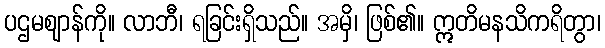
ပဌမဈာန်ကို။ လာဘီ၊ ရခြင်းရှိသည်။ အမှိ၊ ဖြစ်၏။ ဣတိမနသိကရိတွာ၊